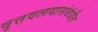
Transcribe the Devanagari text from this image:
वृत्तवलयासंबंधीत